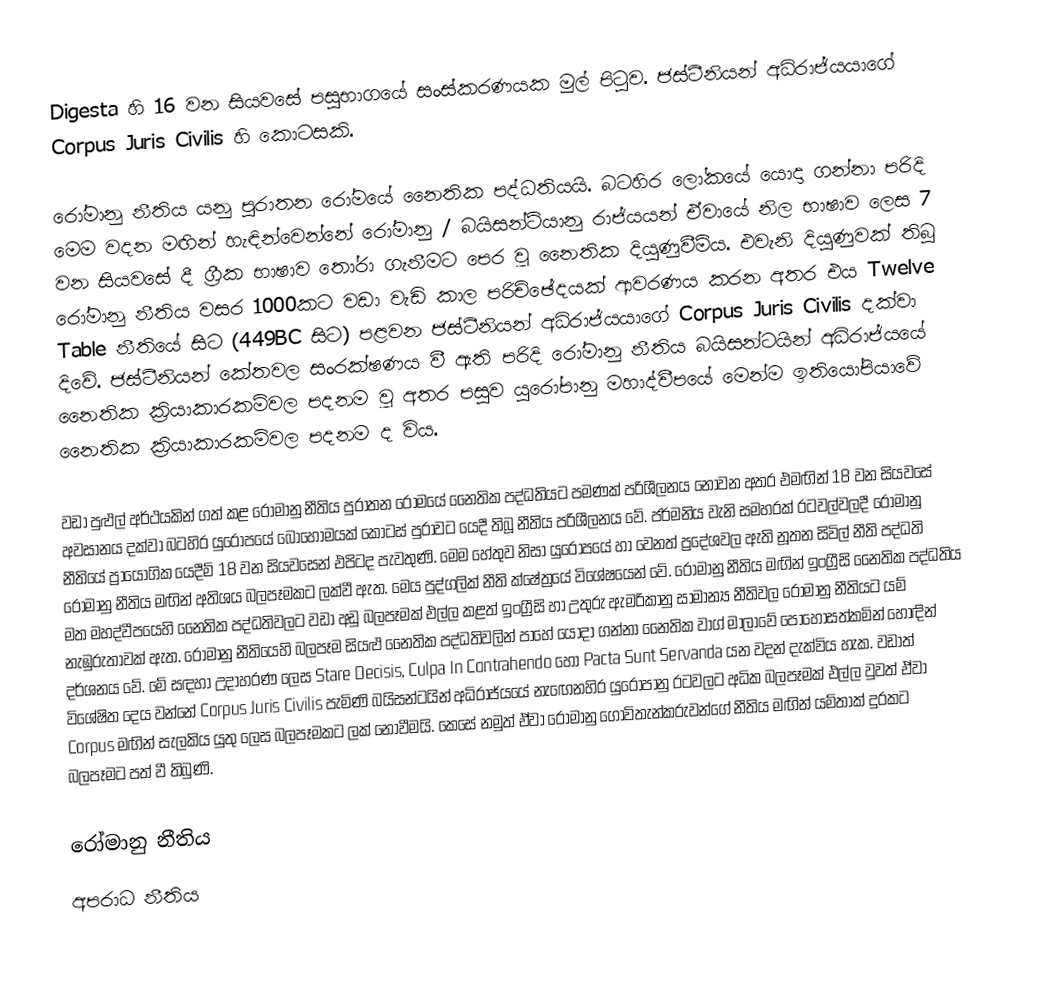
Digesta හි 16 වන සියවසේ පසුභාගයේ සංස්කරණයක මුල් පිටුව. ජස්ටීනියන් අධිරාජ්යයාගේ Corpus Juris Civilis හි කොටසකි.

රෝමානු නීතිය යනු පුරාතන රෝමයේ නෛතික පද්ධතියයි. බටහිර ලෝකයේ යොදා ගන්නා පරිදි මෙම වදන මඟින් හැඳින්වෙන්නේ රෝමානු / බයිසන්ටියානු රාජ්යයන් ඒවායේ නිල භාෂාව ලෙස 7 වන සියවසේ දී ග්‍රීක භාෂාව තෝරා ගැනීමට පෙර වූ නෛතික දියුණුවීම්ය. එවැනි දියුණුවක් තිබූ රෝමානු නීතිය වසර 1000කට වඩා වැඩි කාල පරිච්ඡේදයක් ආවරණය කරන අතර එය Twelve Table නීතියේ සිට (449BC සිට) පළවන ජස්ටීනියන් අධිරාජ්යයාගේ Corpus Juris Civilis දක්වා දිවේ. ජස්ටීනියන් කේතවල සංරක්ෂණය වී ඇති පරිදි රෝමානු නීතිය බයිසන්ටයින් අධිරාජ්යයේ නෛතික ක්‍රියාකාරකම්වල පදනම වූ අතර පසුව යුරෝපානු මහාද්වීපයේ මෙන්ම ඉතියෝපියාවේ නෛතික ක්‍රියාකාරකම්වල පදනම ද විය.

වඩා පුළුල් අර්ථයකින් ගත් කළ රෝමානු නීතිය පුරාතන රෝමයේ නෛතික පද්ධතියට පමණක් පරිශීලනය නොවන අතර එමඟින් 18 වන සියවසේ අවසානය දක්වා බටහිර යුරෝපයේ බොහෝමයක් කොටස් පුරාවට යෙදී තිබූ නීතිය පරිශීලනය වේ. ජර්මනිය වැනි සමහරක් රටවල්වලදී රෝමානු නීතියේ ප්‍රායෝගික යෙදීම් 18 වන සියවසෙන් එපිටද පැවතුණි. මෙම හේතුව නිසා යුරෝපයේ හා වෙනත් ප්‍රදේශවල ඇති නූතන සිවිල් නීති පද්ධති රෝමානු නීතිය මඟින් අතිශය බලපෑමකට ලක්වී ඇත. මෙය පුද්ගලික් නීති ක්ෂේත්‍රයේ විශේෂයෙන් වේ. රෝමානු නීතිය මඟින් ඉංග්‍රීසි නෛතික පද්ධතිය මත මහද්වීපයෙහි නෛතික පද්ධතිවලට වඩා අඩු බලපෑමක් එල්ල කළත් ඉංග්‍රීසි හා උතුරු ඇමරිකානු සාමාන්‍ය නීතිවල රෝමානු නීතියට යම් නැඹුරුතාවක් ඇත. රෝමානු නීතියෙහි බලපෑම සියළු නෛතික පද්ධතිවලින් පාහේ යොදා ගන්නා නෛතික වාග් මාලාවේ පොහොසත්කමින් හොඳින් දර්ශනය වේ. මේ සඳහා උදාහරණ ලෙස Stare Decisis, Culpa In Contrahendo හෝ Pacta Sunt Servanda යන වදන් දැක්විය හැක. වඩාත් විශේෂිත දෙය වන්නේ Corpus Juris Civilis පැමිණි බයිසන්ටයින් අධිරාජ්යයේ නැඟෙනහිර යුරෝපානු රටවලට අධික බලපෑමක් එල්ල වුවත් ඒවා Corpus මඟින් සැලකිය යුතු ලෙස බලපෑමකට ලක් නොවීමයි. කෙසේ නමුත් ඒවා රෝමානු ගොවිතැන්කරුවන්ගේ නීතිය මඟින් යම්තාක් දුරකට බලපෑමට පත් වී තිබුණි.

රෝමානු නීතිය
අපරාධ නීතිය